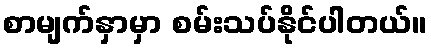
စာမျက်နှာမှာ စမ်းသပ်နိုင်ပါတယ်။